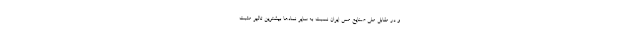
و در مقابل ملی صنایع مس ایران نسبت به سایر نمادها بیشترین تاثیر مثبت